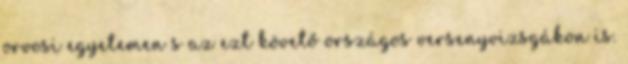
orvosi egyetemen s az ezt követő országos versenyvizsgákon is.